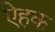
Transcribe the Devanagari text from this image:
ऐहक